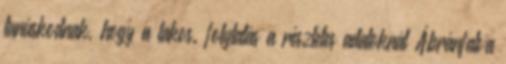
tanúskodnak, hogy a lakos. folytatás a részletes adatoknál Ábránfalva